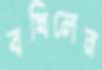
বখিলেন